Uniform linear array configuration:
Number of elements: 24
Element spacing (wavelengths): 0.5
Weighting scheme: binomial
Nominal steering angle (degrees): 15
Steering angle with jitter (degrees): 13.699
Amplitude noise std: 0.05
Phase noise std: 0.05

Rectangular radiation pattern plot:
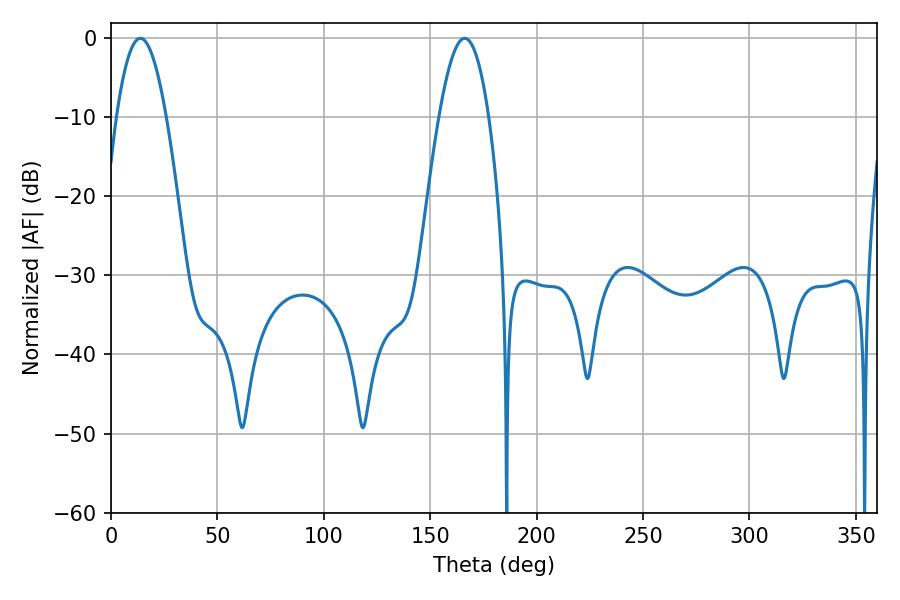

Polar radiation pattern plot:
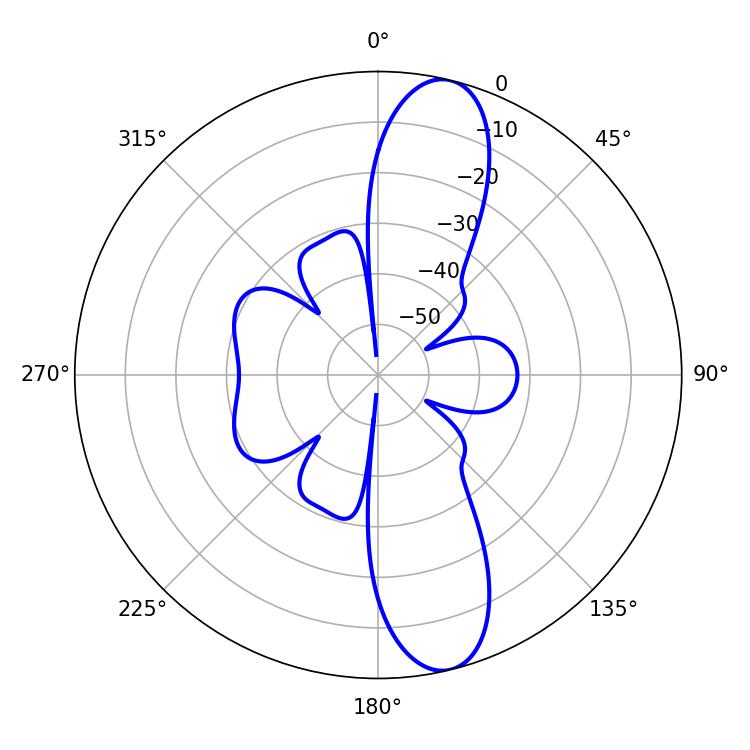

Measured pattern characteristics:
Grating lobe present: FALSE
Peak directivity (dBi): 12.391
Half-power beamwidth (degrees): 12.78
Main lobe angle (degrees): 13.86